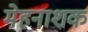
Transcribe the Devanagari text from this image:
मेहनाशक